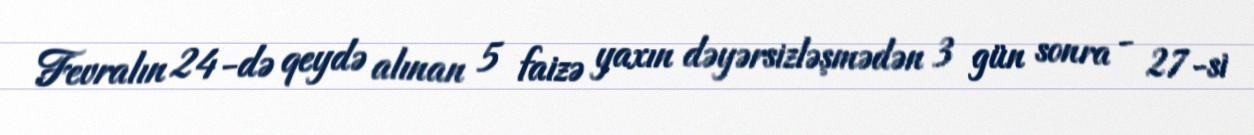
Fevralın 24-də qeydə alınan 5 faizə yaxın dəyərsizləşmədən 3 gün sonra - 27-si